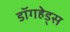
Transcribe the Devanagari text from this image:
डॉगहेड्स